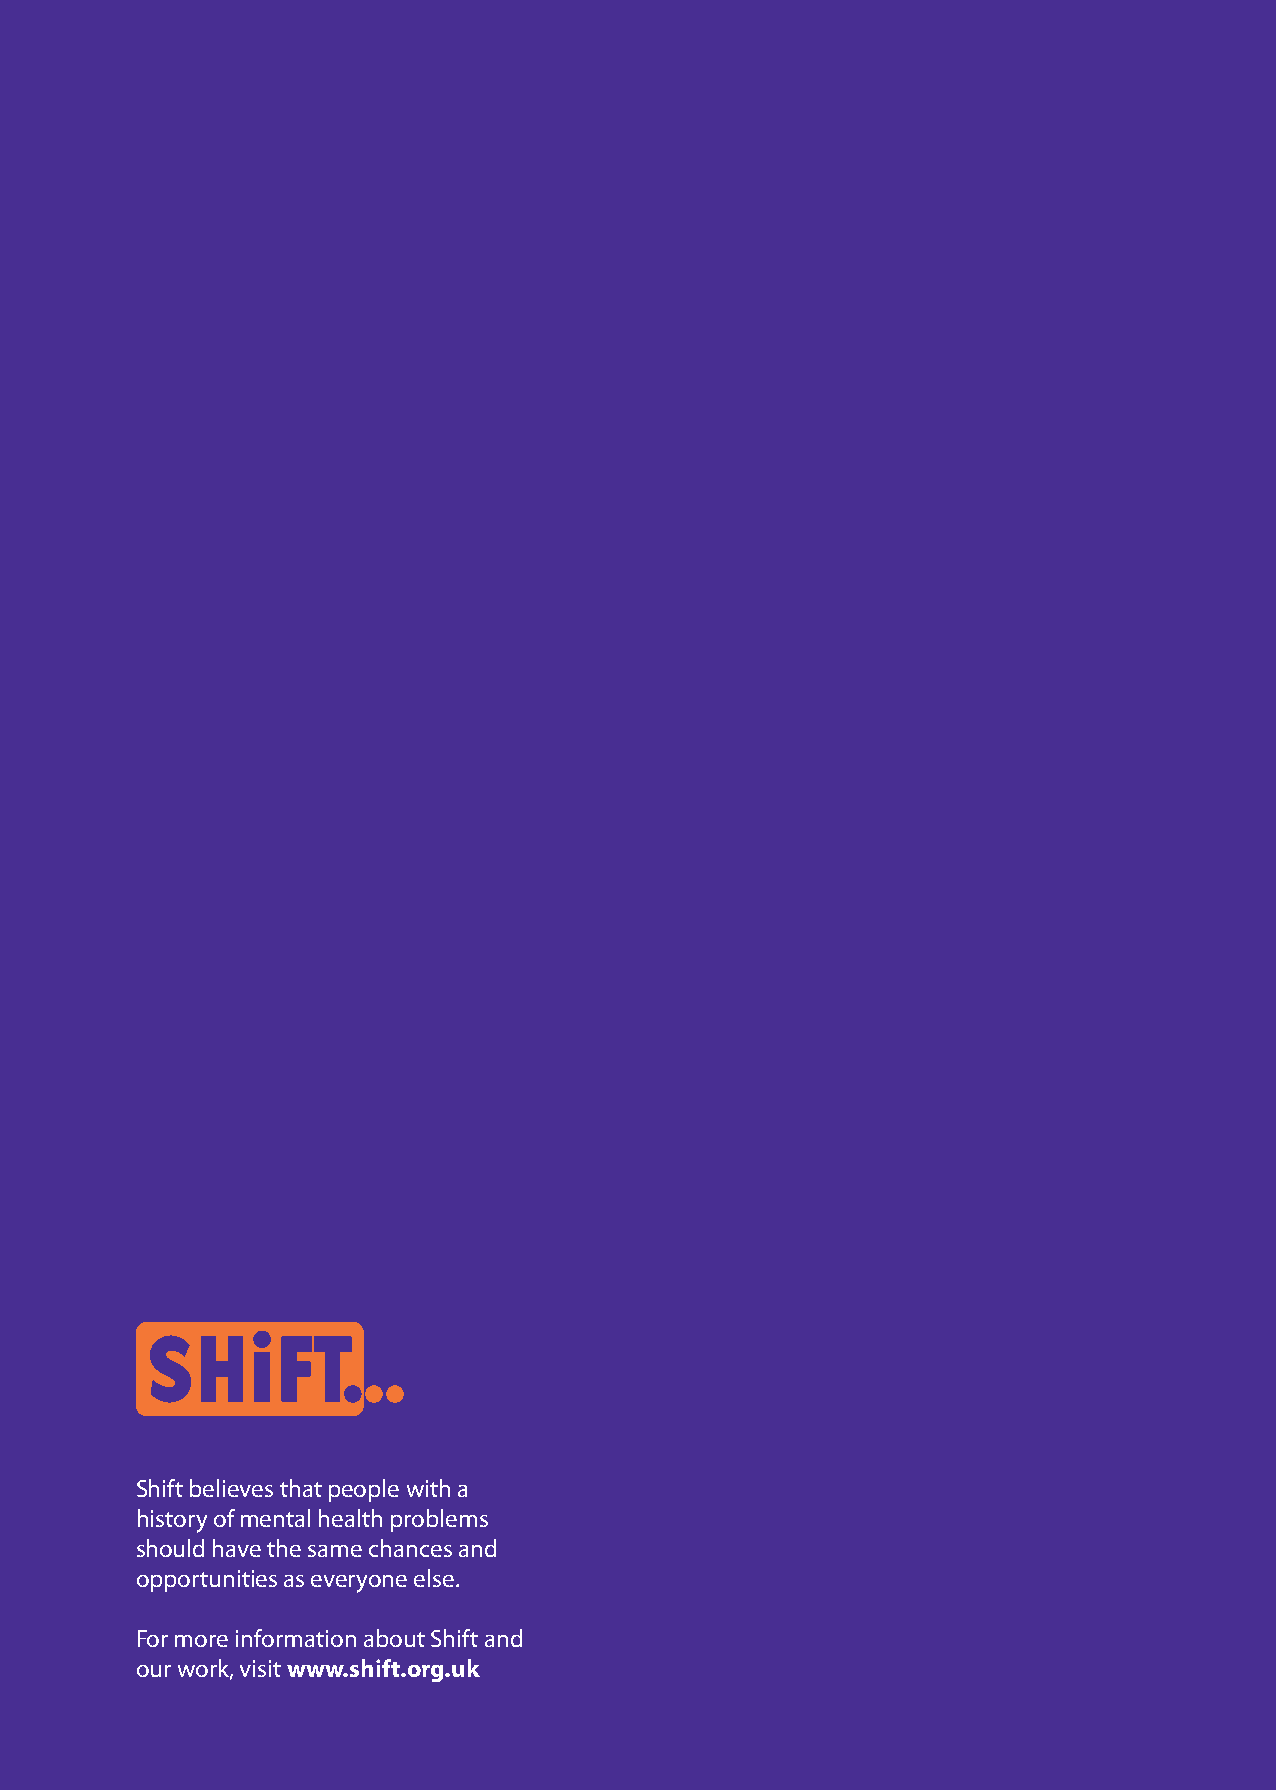
Shift believes that people with a
 history of mental health problems
 should have the same chances and
 opportunities as everyone else.
 For more information about Shift and
 our work, visit www.shift.org.uk